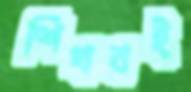
শিখবই